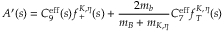
A ^ { \prime } ( s ) = C _ { 9 } ^ { \mathrm { e f f } } ( s ) f _ { + } ^ { K , \eta } ( s ) + \frac { 2 m _ { b } } { m _ { B } + m _ { K , \eta } } C _ { 7 } ^ { \mathrm { e f f } } f _ { T } ^ { K , \eta } ( s )